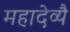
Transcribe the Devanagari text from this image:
महादेव्यै